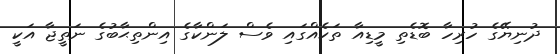
ދުނިޔޭގެ ހުރިހާ ބޮޑެތި މީޑިއާ ތަކެއްގައި ވެސް ލަންކާގެ އިންތިޙާބުގެ ނަތީޖާ އަކީ